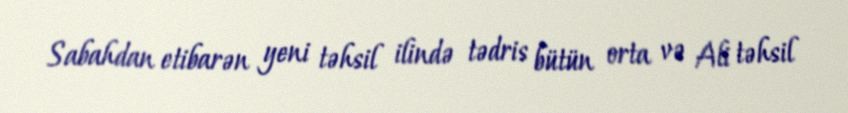
Sabahdan etibarən yeni təhsil ilində tədris bütün orta və Ali təhsil